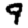
Digit: 9